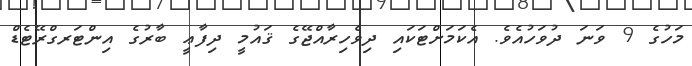
މަހުގެ 9 ވަނަ ދުވަހުއެވެ. އެކަމަށްޓަކައި ދިވެހިރާއްޖޭގެ ޤައުމީ ދިފާޢީ ބާރުގެ އިންޓަރގްރޭޓެޑް